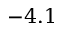
- 4 . 1